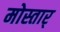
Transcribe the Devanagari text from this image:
मोस्तार्